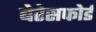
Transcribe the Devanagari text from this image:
बेरेसफोर्ड